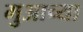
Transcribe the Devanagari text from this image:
मुआच्या